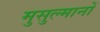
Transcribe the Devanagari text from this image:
मुसुल्मानों